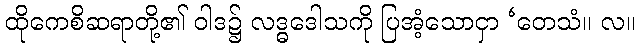
ထိုကေစိဆရာတို့၏ ဝါဒ၌ လဒ္ဓဒေါသကို ပြအံ့သောငှာ ‘တေသံ။ လ။